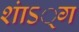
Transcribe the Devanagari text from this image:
शाऽं्ग